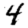
Digit: 4